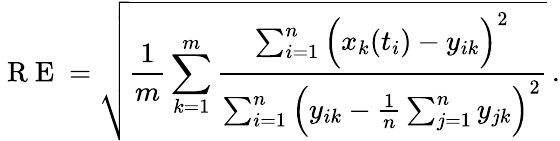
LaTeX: \mathrm{~R~E~}=\sqrt{\frac{1}{m}\sum_{k=1}^{m}\frac{\sum_{i=1}^{n}\Big(x_{k}(t_{i})-y_{ik}\Big)^{2}}{\sum_{i=1}^{n}\Big(y_{ik}-\frac{1}{n}\sum_{j=1}^{n}y_{jk}\Big)^{2}}}\, .